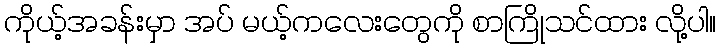
ကိုယ့်အခန်းမှာ အပ် မယ့်ကလေးတွေကို စာကြိုသင်ထား လို့ပါ။